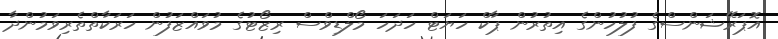
އޮޕަރޭޝަންސްގެ ފުލުހުންގެ އިތުރުން ޕާކް ހަޔަޓް ހަދަހަ މޯލްޑިވްސް ރިޒޯޓުގެ މުވައްޒަފުން ހަރަކާތްތެރިވަމުންދާ